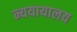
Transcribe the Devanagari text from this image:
न्ययायालय